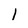
Character: 1